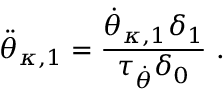
\ddot { \theta } _ { \kappa , 1 } = \frac { \dot { \theta } _ { \kappa , 1 } \delta _ { 1 } } { \tau _ { \dot { \theta } } \delta _ { 0 } } \ .